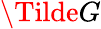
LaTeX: \Tilde{G}